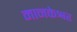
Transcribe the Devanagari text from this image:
मानकेश्वर